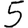
Digit: 5